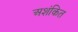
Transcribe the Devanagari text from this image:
अशंकित